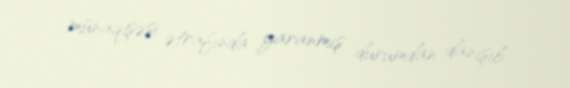
münaqişəsi ətrafında yaranmış durumdan danışıb.